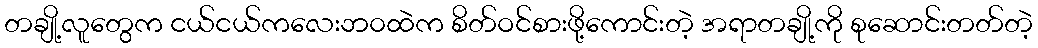
တချို့လူတွေက ငယ်ငယ်ကလေးဘ၀ထဲက စိတ်ဝင်စားဖို့ကောင်းတဲ့ အရာတချို့ကို စုဆောင်းတတ်တဲ့